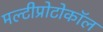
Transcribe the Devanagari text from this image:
मल्टीप्रोटोकॉल